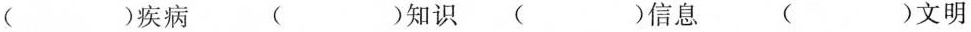
( )疾病 ( )知识 ( )信息 ( )文明